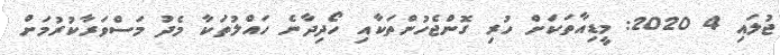
ޖުލައި 4 2020: މީޑިއާތަކަށް ހުރި ގޮންޖެހުންތަކާއި ހޯދިދާނެ ހައްލުތަކާ މެދު މަސްވަރާކުރުމަށް